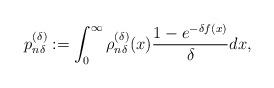
LaTeX: \begin{align*}p^{(\delta)}_{n\delta} : = \int_0^\infty \rho^{(\delta)}_{n\delta}(x) \frac{1-e^{-\delta f(x)}}{\delta} dx ,\end{align*}